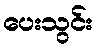
ပေးသွင်း